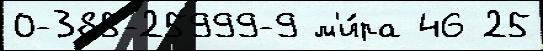
0-385-25999-9 м'и́ра 46 25